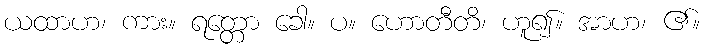
ယထာဟ၊ ကား။ ရတ္တော ခေါ။ ပ။ ဟောတီတိ၊ ဟူ၍။ အာဟ၊ ၏။